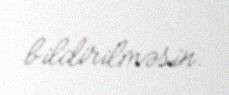
bildirilməsin.